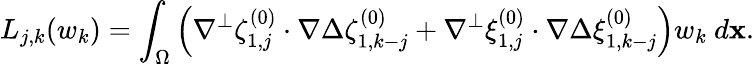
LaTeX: L_{j,k}(w_{k})=\int_{\Omega}\left(\nabla^{\perp}\zeta_{1,j}^{(0)}\cdot\nabla\Delta\zeta_{1,k-j}^{(0)}+\nabla^{\perp}\xi_{1,j}^{(0)}\cdot\nabla\Delta\xi_{1,k-j}^{(0)}\right)w_{k}~d\mathbf{x}.